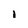
Character: 1